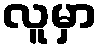
လူမှာ